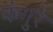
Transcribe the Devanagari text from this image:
कंगुरे